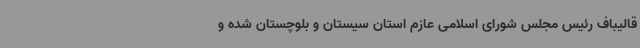
قالیباف رئیس مجلس شورای اسلامی عازم استان سیستان و بلوچستان شده و